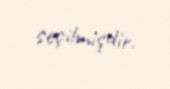
seçilmişdir.